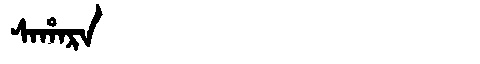
Manchu: ᠰᠠᡥᠠᡵᠠ
Romanization: SAHARA